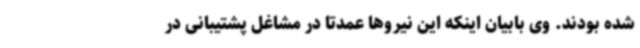
شده بودند. وی بابیان اینکه این نیروها عمدتاً در مشاغل پشتیبانی در